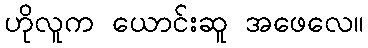
ဟိုလူက ယောင်းဆူ အဖေလေ။